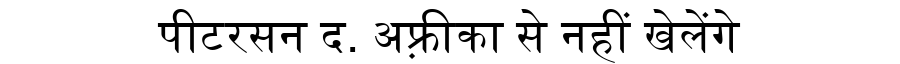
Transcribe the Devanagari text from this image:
पीटरसन द. अफ़्रीका से नहीं खेलेंगे